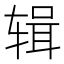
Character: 辑